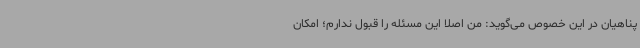
پناهیان در این خصوص می‌گوید: من اصلا این مسئله را قبول ندارم؛ امکان